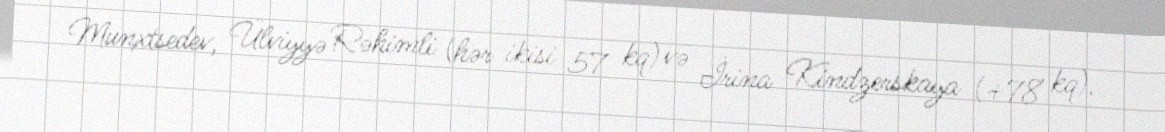
Munxtsedev, Ülviyyə Rəhimli (hər ikisi 57 kq) və İrina Kindzerskaya (+78 kq).